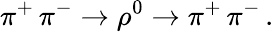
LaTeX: \pi^{+}\, \pi^{-}\rightarrow\rho^{0}\rightarrow\pi^{+}\, \pi^{-}\, .